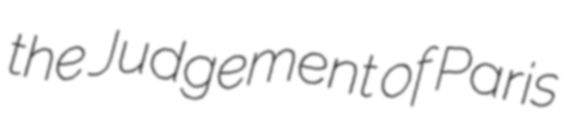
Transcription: the Judgement of Paris